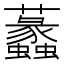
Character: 𧅮